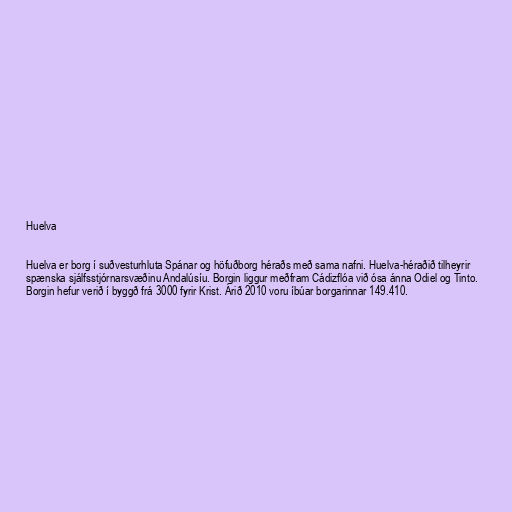
Huelva

Huelva er borg í suðvesturhluta Spánar og höfuðborg héraðs með sama nafni. Huelva-héraðið tilheyrir
spænska sjálfsstjórnarsvæðinu Andalúsíu. Borgin liggur meðfram Cádizflóa við ósa ánna Odiel og Tinto.
Borgin hefur verið í byggð frá 3000 fyrir Krist. Árið 2010 voru íbúar borgarinnar 149.410.